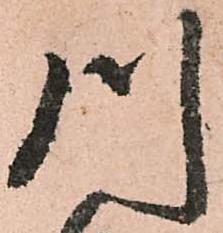
川